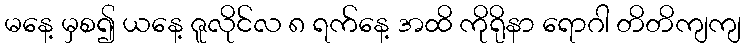
မနေ့ မှစ၍ ယနေ့ ဇူလိုင်လ ၈ ရက်နေ့ အထိ ကိုရိုနာ ရောဂါ တိတိကျကျ